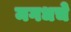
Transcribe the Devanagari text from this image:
मगधचे